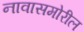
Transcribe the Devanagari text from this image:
नावासमोरील